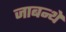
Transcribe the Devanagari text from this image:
जाबन्थे